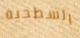
السطحية